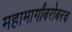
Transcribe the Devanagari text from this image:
महामार्गांबरोबरच